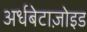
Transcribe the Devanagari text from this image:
अर्धबेटाज़ोइड